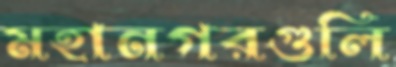
মহানগরগুলি